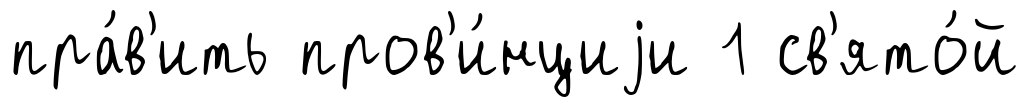
пра́в'ить пров'и́нциjи 1 св'ято́й